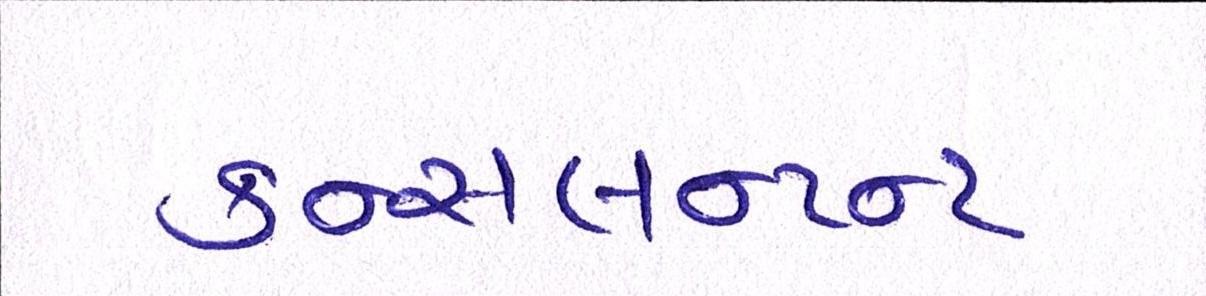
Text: કન્સલન્ટન્ટ